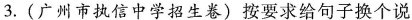
3.(广州市执信中学招生卷)按要求给句子换个说